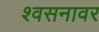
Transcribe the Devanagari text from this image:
श्वसनावर